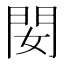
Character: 𨳐